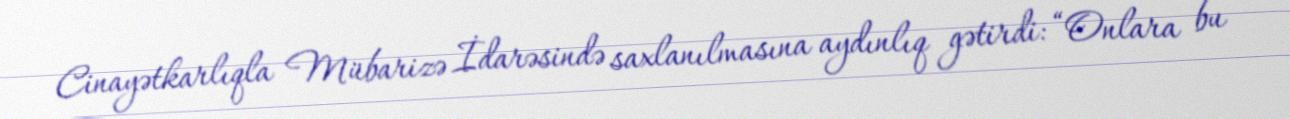
Cinayətkarlıqla Mübarizə İdarəsində saxlanılmasına aydınlıq gətirdi: “Onlara bu